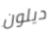
ديلون